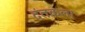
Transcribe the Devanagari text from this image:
दंतकला